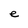
Character: e